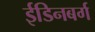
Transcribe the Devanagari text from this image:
ईडिनबर्ग